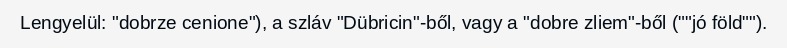
Lengyelül: "dobrze cenione"), a szláv "Dübricin"-ből, vagy a "dobre zliem"-ből (""jó föld"").